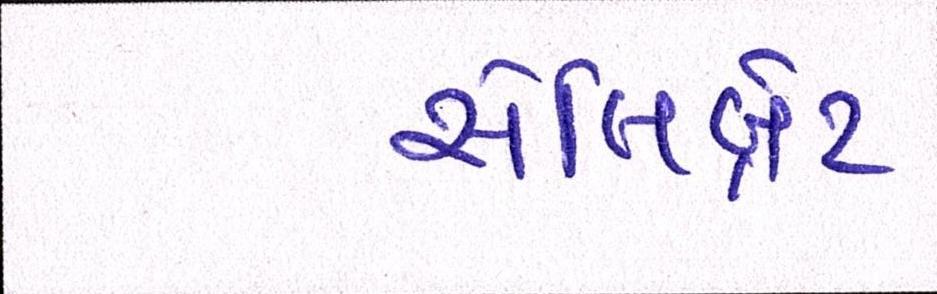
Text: સેલિબ્રેટ